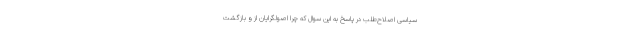
سیاسی اصلاح‌طلب در پاسخ به این سوال که چرا اصولگرایان از و بازگشت